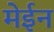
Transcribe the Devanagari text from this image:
मेईन